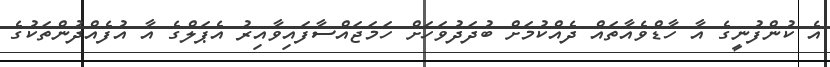
އެ ކުންފުނީގެ އާ ހާޑްވެއާތައް ދެއްކުމަށް ބުދަދުވަހަށް ހަމަަޖައްސާފައިވާއިރު އެޕަލްގެ އާ އުފެއްދުންތަކުގެ